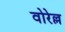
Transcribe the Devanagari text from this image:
वोरेल्ल